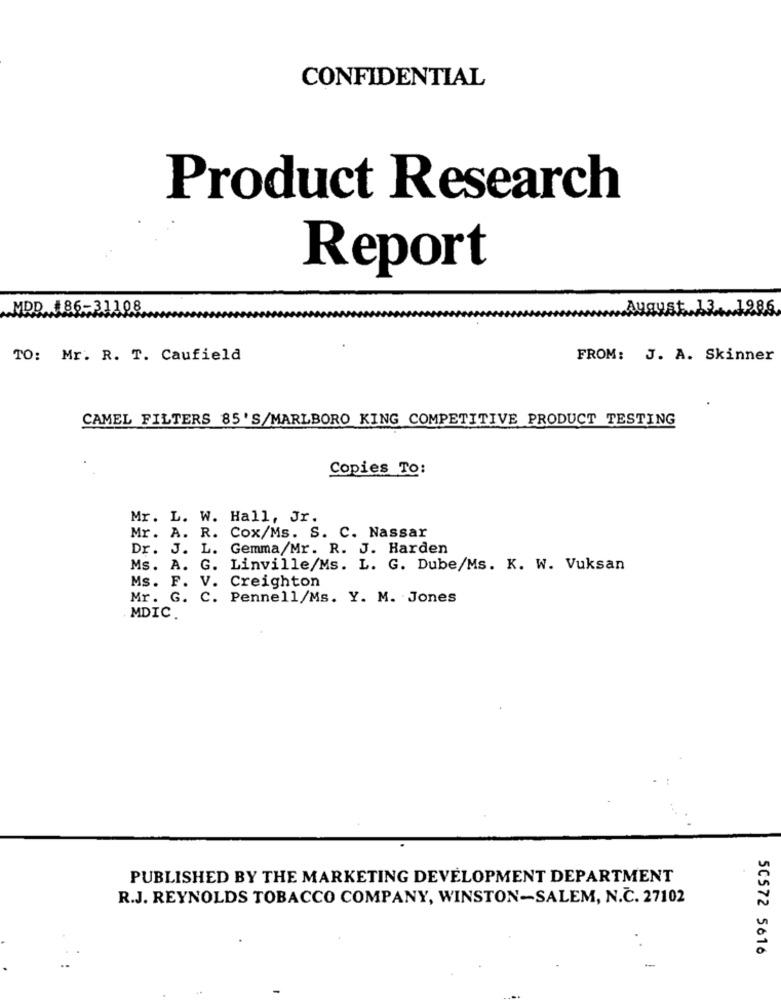
CONFIDENTIAL
Product Research
Report
MDD #86-31108
August.13 ... 1286
TO: Mr. R. T. Caufield
FROM: J. A. Skinner
CAMEL FILTERS 85'S/MARLBORO KING COMPETITIVE PRODUCT TESTING
Copies To:
Mr. L. W. Hall, Jr.
Mr. A. R. Cox/Ms. S. C. Nassar
Dr. J. L. Gemma/Mr. R. J. Harden
Ms. A. G. Linville/Ms. L. G. Dube/Ms. K. W. Vuksan
Ms. F. V. Creighton
Mr. G. C. Pennell/Ms. Y. M. Jones
MDIC.
PUBLISHED BY THE MARKETING DEVELOPMENT DEPARTMENT
R.J. REYNOLDS TOBACCO COMPANY, WINSTON-SALEM, N.C. 27102
50572 5616